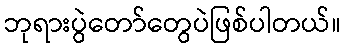
ဘုရားပွဲတော်တွေပဲဖြစ်ပါတယ်။